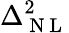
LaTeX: \Delta_{\mathrm{~N~L~}}^{2}